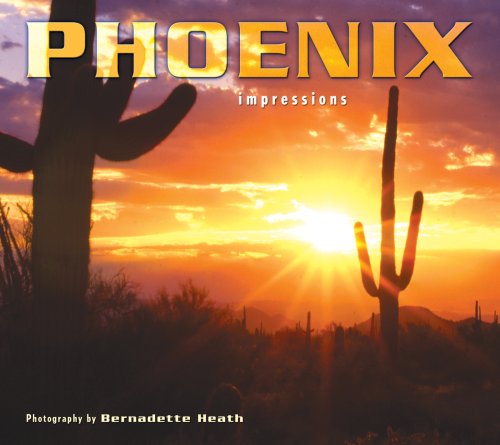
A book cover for Phoenix Impressions; photography by Bernadette Heath; Travel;